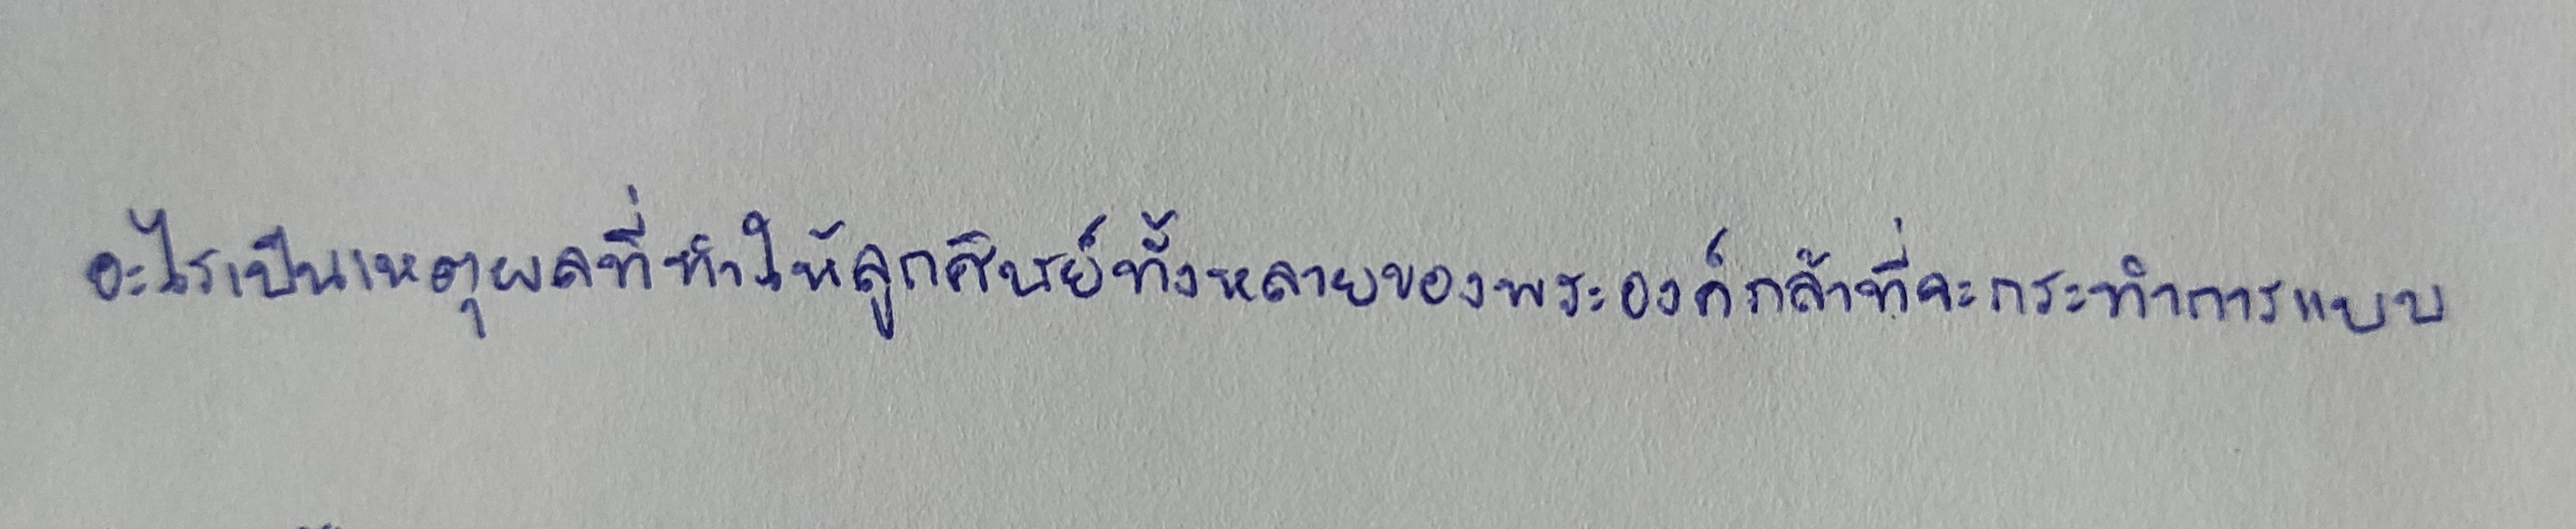
อะไรเป็นเหตุผลที่ทำให้ลูกศิษย์ทั้งหลายของพระองค์กล้าที่จะกระทำการแบบ